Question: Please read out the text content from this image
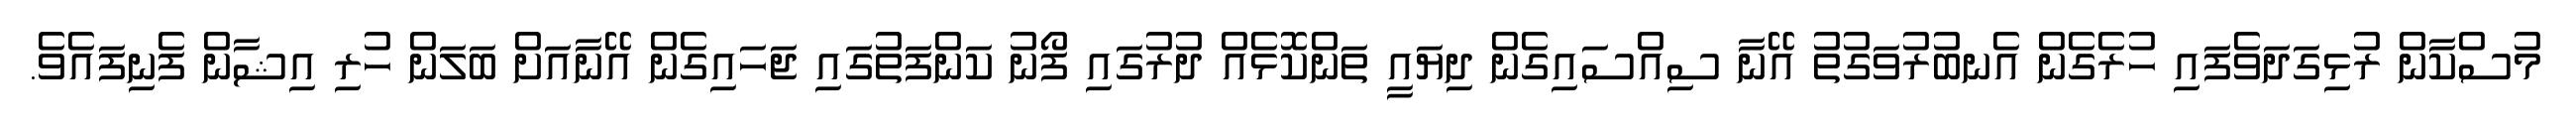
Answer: މުސްކާން ރުޅިގަދަވެފައި ހުރެގެން އެނބުރުވަގުތު އޭނާ ސިއްސައިގެން ދިޔައީ ތަންކޮޅެއް ދުރުގައި ފޯނު ކަންފަތުގައި ޖަހައިގެން އޭނާއަށް ބަލަން ހުރި އިޝާން ފެނިފައެވެ.